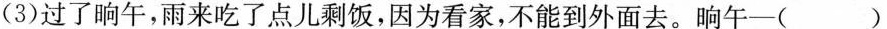
(3)过了晌午，雨来吃了点儿剩饭，因为看家，不能到外面去。晌午-( )